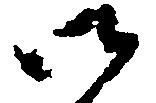
御